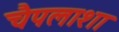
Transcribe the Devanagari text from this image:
चैपलाशा